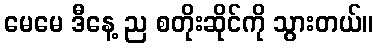
မေမေ ဒီနေ့ ည စတိုးဆိုင်ကို သွားတယ်။